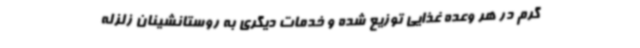
گرم در هر وعده غذایی توزیع شده و خدمات دیگری به روستانشینان زلزله